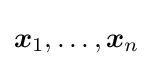
{\boldsymbol {x}}_{1},\dotsc ,{\boldsymbol {x}}_{n}